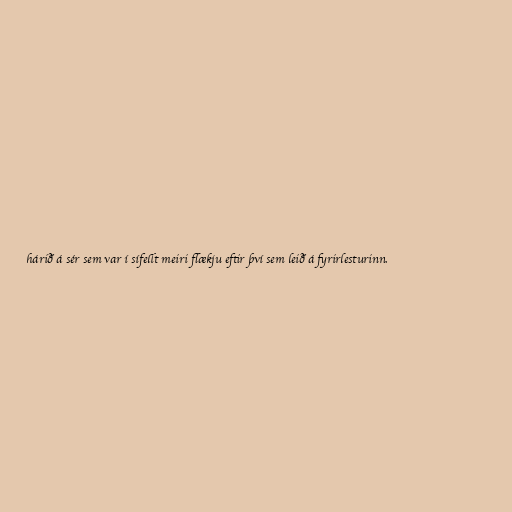
hárið á sér sem var í sífellt meiri flækju eftir því sem leið á fyrirlesturinn.